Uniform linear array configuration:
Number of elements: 16
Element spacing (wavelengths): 0.5
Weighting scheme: exponential
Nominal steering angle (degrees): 30
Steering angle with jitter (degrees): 29.469
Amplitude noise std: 0.05
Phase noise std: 0.05

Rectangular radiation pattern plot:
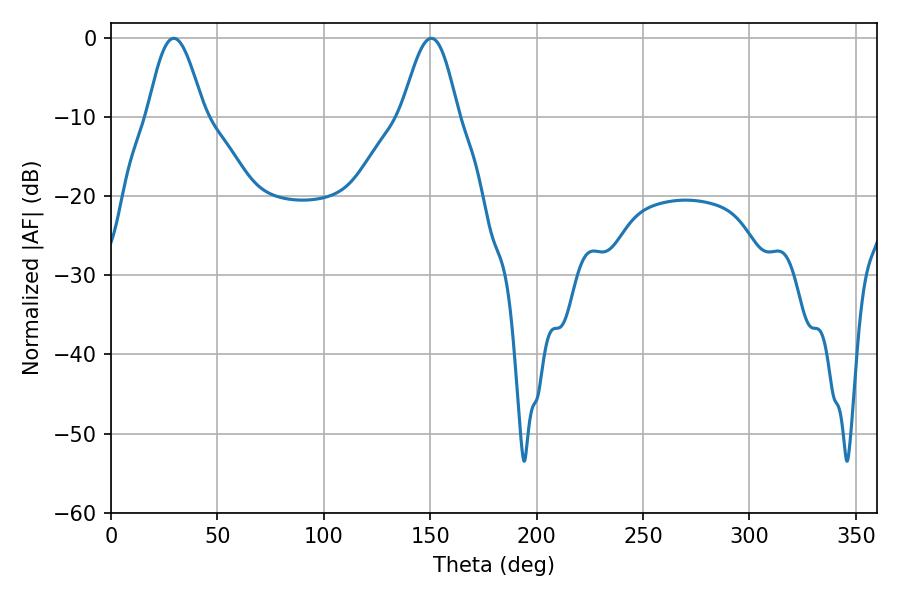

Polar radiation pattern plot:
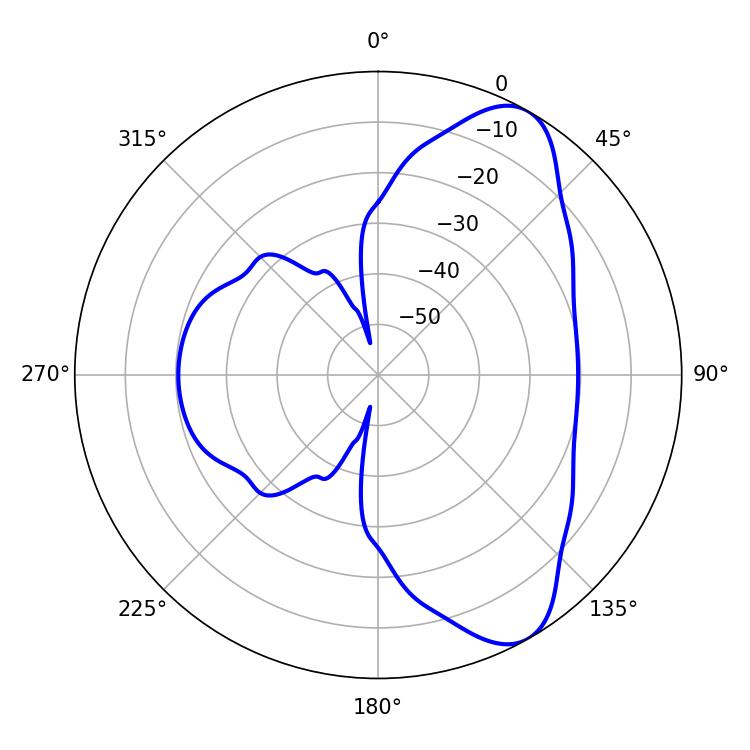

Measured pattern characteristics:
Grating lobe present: FALSE
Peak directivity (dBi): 8.229
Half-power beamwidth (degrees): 14.22
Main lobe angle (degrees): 29.52